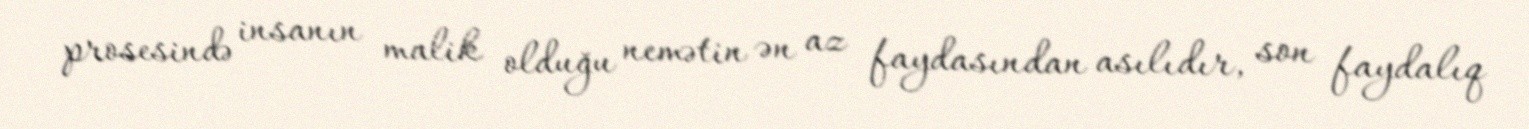
prosesində insanın malik olduğu nemətin ən az faydasından asılıdır, son faydalıq